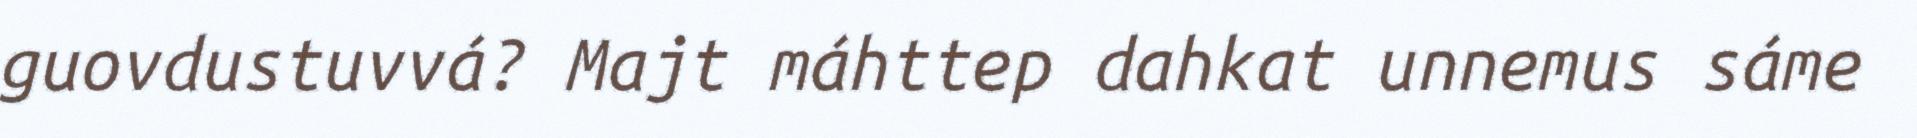
guovdustuvvá? Majt máhttep dahkat unnemus sáme